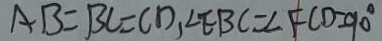
A B = B C = C D , \angle E B C = \angle F C D = 9 0 ^ { \circ }